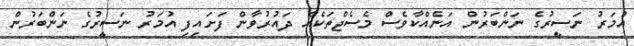
އުމަރު ނަސީރުގެ ނަންބަރުން އަނެއްކާވެސް މެސެޖްތަކެއް ދައުރުވާން ފަށައިފި އުމަރު ނަސީރުގެ ނަންބަރުން